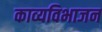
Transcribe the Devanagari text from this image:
काव्यविभाजन